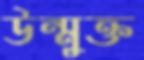
উন্মুক্ত